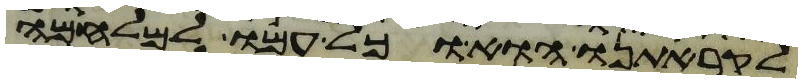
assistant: לקראתנו הוא וכל עמו למלחמה